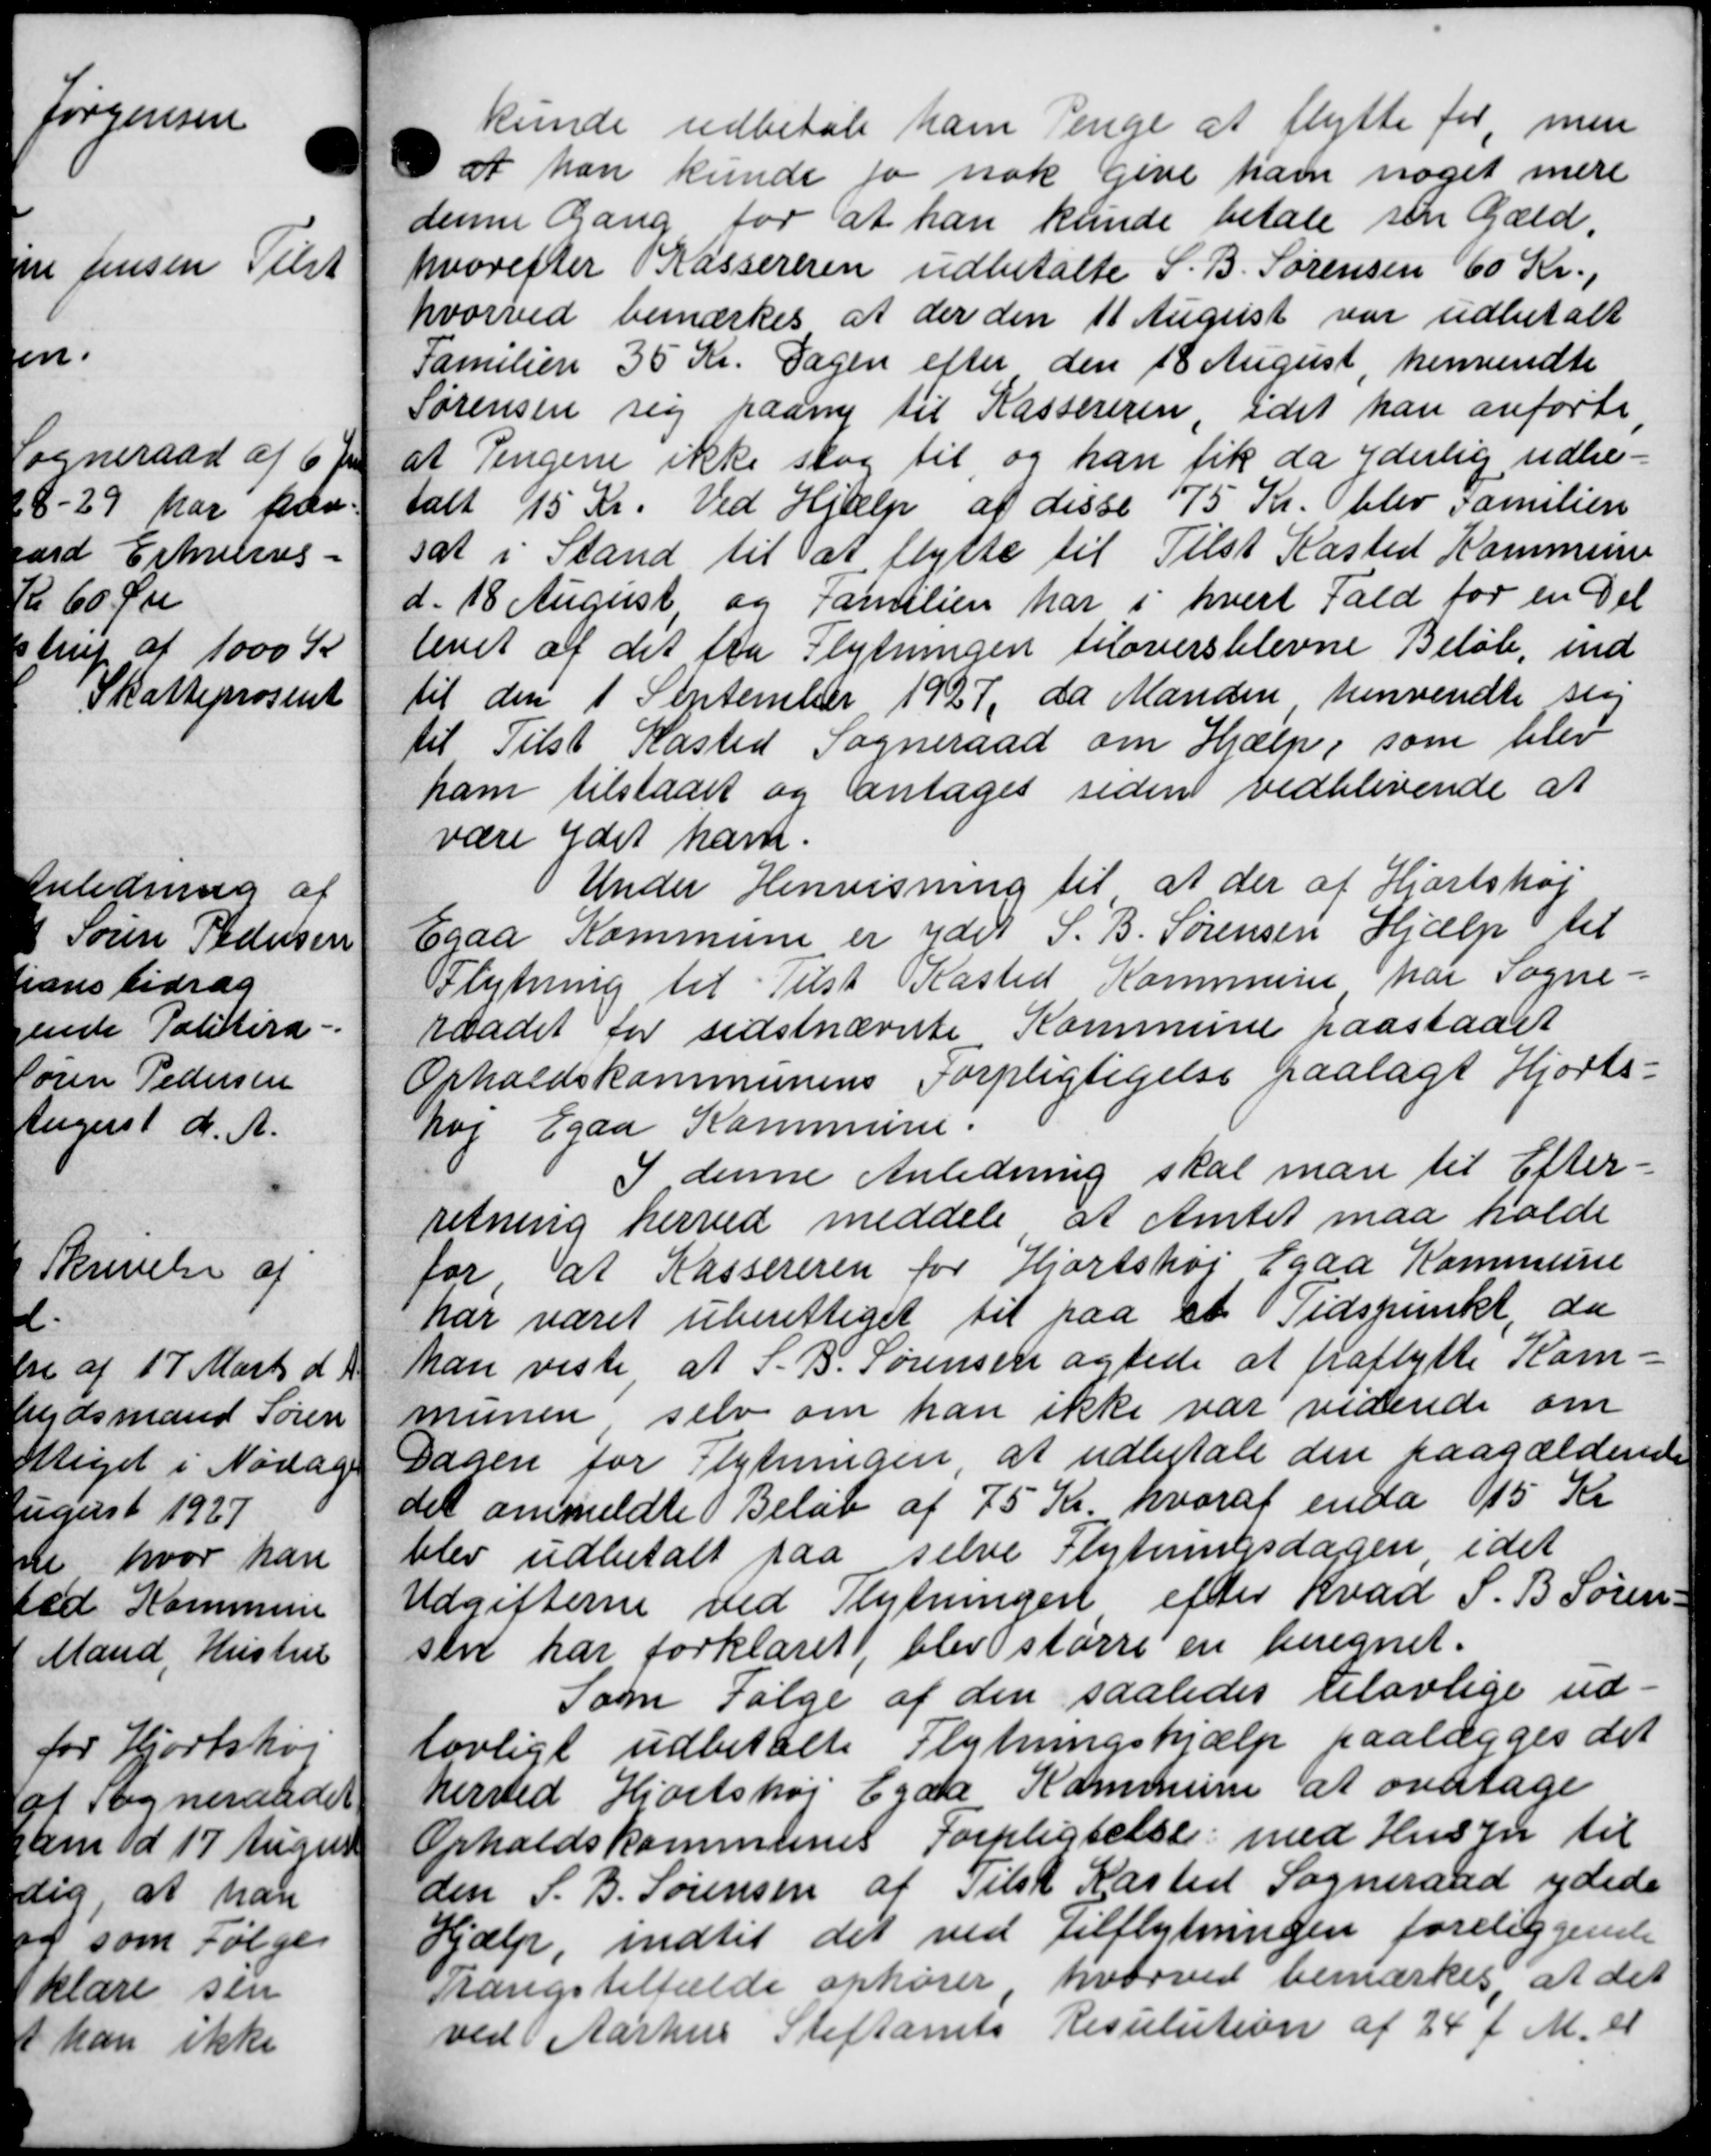
Transskription:
kunde udbetale ham Penge at flytte for, men
at han kunde fo nok give ham noget mere
denne Gang for at han kunde betale sin Gæld.
hvorefter Kassereren udbetalte S. B. Sørensen 60 Kr.,
hvorved bemærkes at der den 11 August var udbetalt
Familien 35 Kr. Sagen efter den 18 August henvendte
Sørensen sig paany til Kassereren, idet han anførte,
at Pengene ikke slog til og han fik da yderlig udbe-
talt 15 Kr. Ved Hjælp af disse 75 Kr. blev Familien
sat i Stand til at flytte til Tilst Kasted Kommune
d. 18 August og Familien har i hvert Fald for en Del
levet af det fra Flytningen tiloversblevne Beløb ind
til den 1 September 1927, da Manden henvendte sig
til Tilst Kasted Sogneraad om Hjælp, som blev
ham tilstaaet og antages siden vedblivende at
være ydet ham.
Under Henvisning til at der af Hjortshøj
Egaa Kommune er ydet S. B. Sørensen Hjælp til
Flytning til Tilst Kasted Kommune har Sogne=
raadet for sidstnævnte Kommune paastaaet
Opholdskommunens Forpligtigelse paalagt Hjorts-
høj Egaa Kommune.
I denne Anledning skal man til Efter-
retning herved meddele at Amtet maa holde
for, at Kassereren for Hjortshøj Egaa Kommune
har været uberettiget til paa et Tidspunkt, da
han viste at S. B. Sørensen agtede at fraflytte Kom-
munen selv om han ikke var viderede om
Dagen for Flytningen, at udbetale den paagældende
det ommeldte Beløb af 75 Kr. hvoraf enda 15 Kr
blev udbetalt paa selve Flytningsdagen i det
Udgifterne ved Flytningen efter Kvad S. B. Søren=
sen har forklaret, blev større en beregnet.
Som Følge af den saaledes tilovlige ud=
lovligt udbetalte Flytningshjælp paalægges det
herved Hjortshøj Egaa Kommune at overtage
Opholdskommunes Forpligtelse med Husin til
den S. B. Sørensen af Tilst Kasted Sogneraad ydede
Hjælp, indtil det ved tilflytningen foreliggende
stangstilfælde ophører hvorved bemærkes, at det
ved Aarhus Stiftamts Resulution af 24 f. M. et